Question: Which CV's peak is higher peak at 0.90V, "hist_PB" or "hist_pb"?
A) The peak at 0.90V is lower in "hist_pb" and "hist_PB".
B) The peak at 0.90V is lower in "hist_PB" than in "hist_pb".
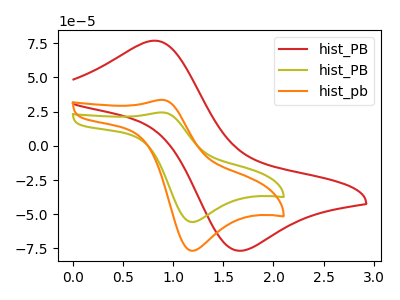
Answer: <think>The red curve "hist_PB" has an anodic peak at (0.80V, 76.70uA) and a cathodic peak at (1.70V, -76.60uA). The olive curve "hist_PB" has an anodic peak at (0.90V, 24.30uA) and a cathodic peak at (1.20V, -55.65uA). The orange curve "hist_pb" has an anodic peak at (0.90V, 33.50uA) and a cathodic peak at (1.20V, -76.65uA).</think>
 <answer>B) The peak at 0.90V is lower in "hist_PB" than in "hist_pb".</answer>
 <eval>B</eval>